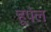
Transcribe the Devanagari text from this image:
हूपेल